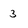
Character: 3